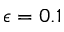
\epsilon = 0 . 1